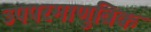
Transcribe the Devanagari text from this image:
उपपरमाणुविक